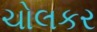
ચોલકર